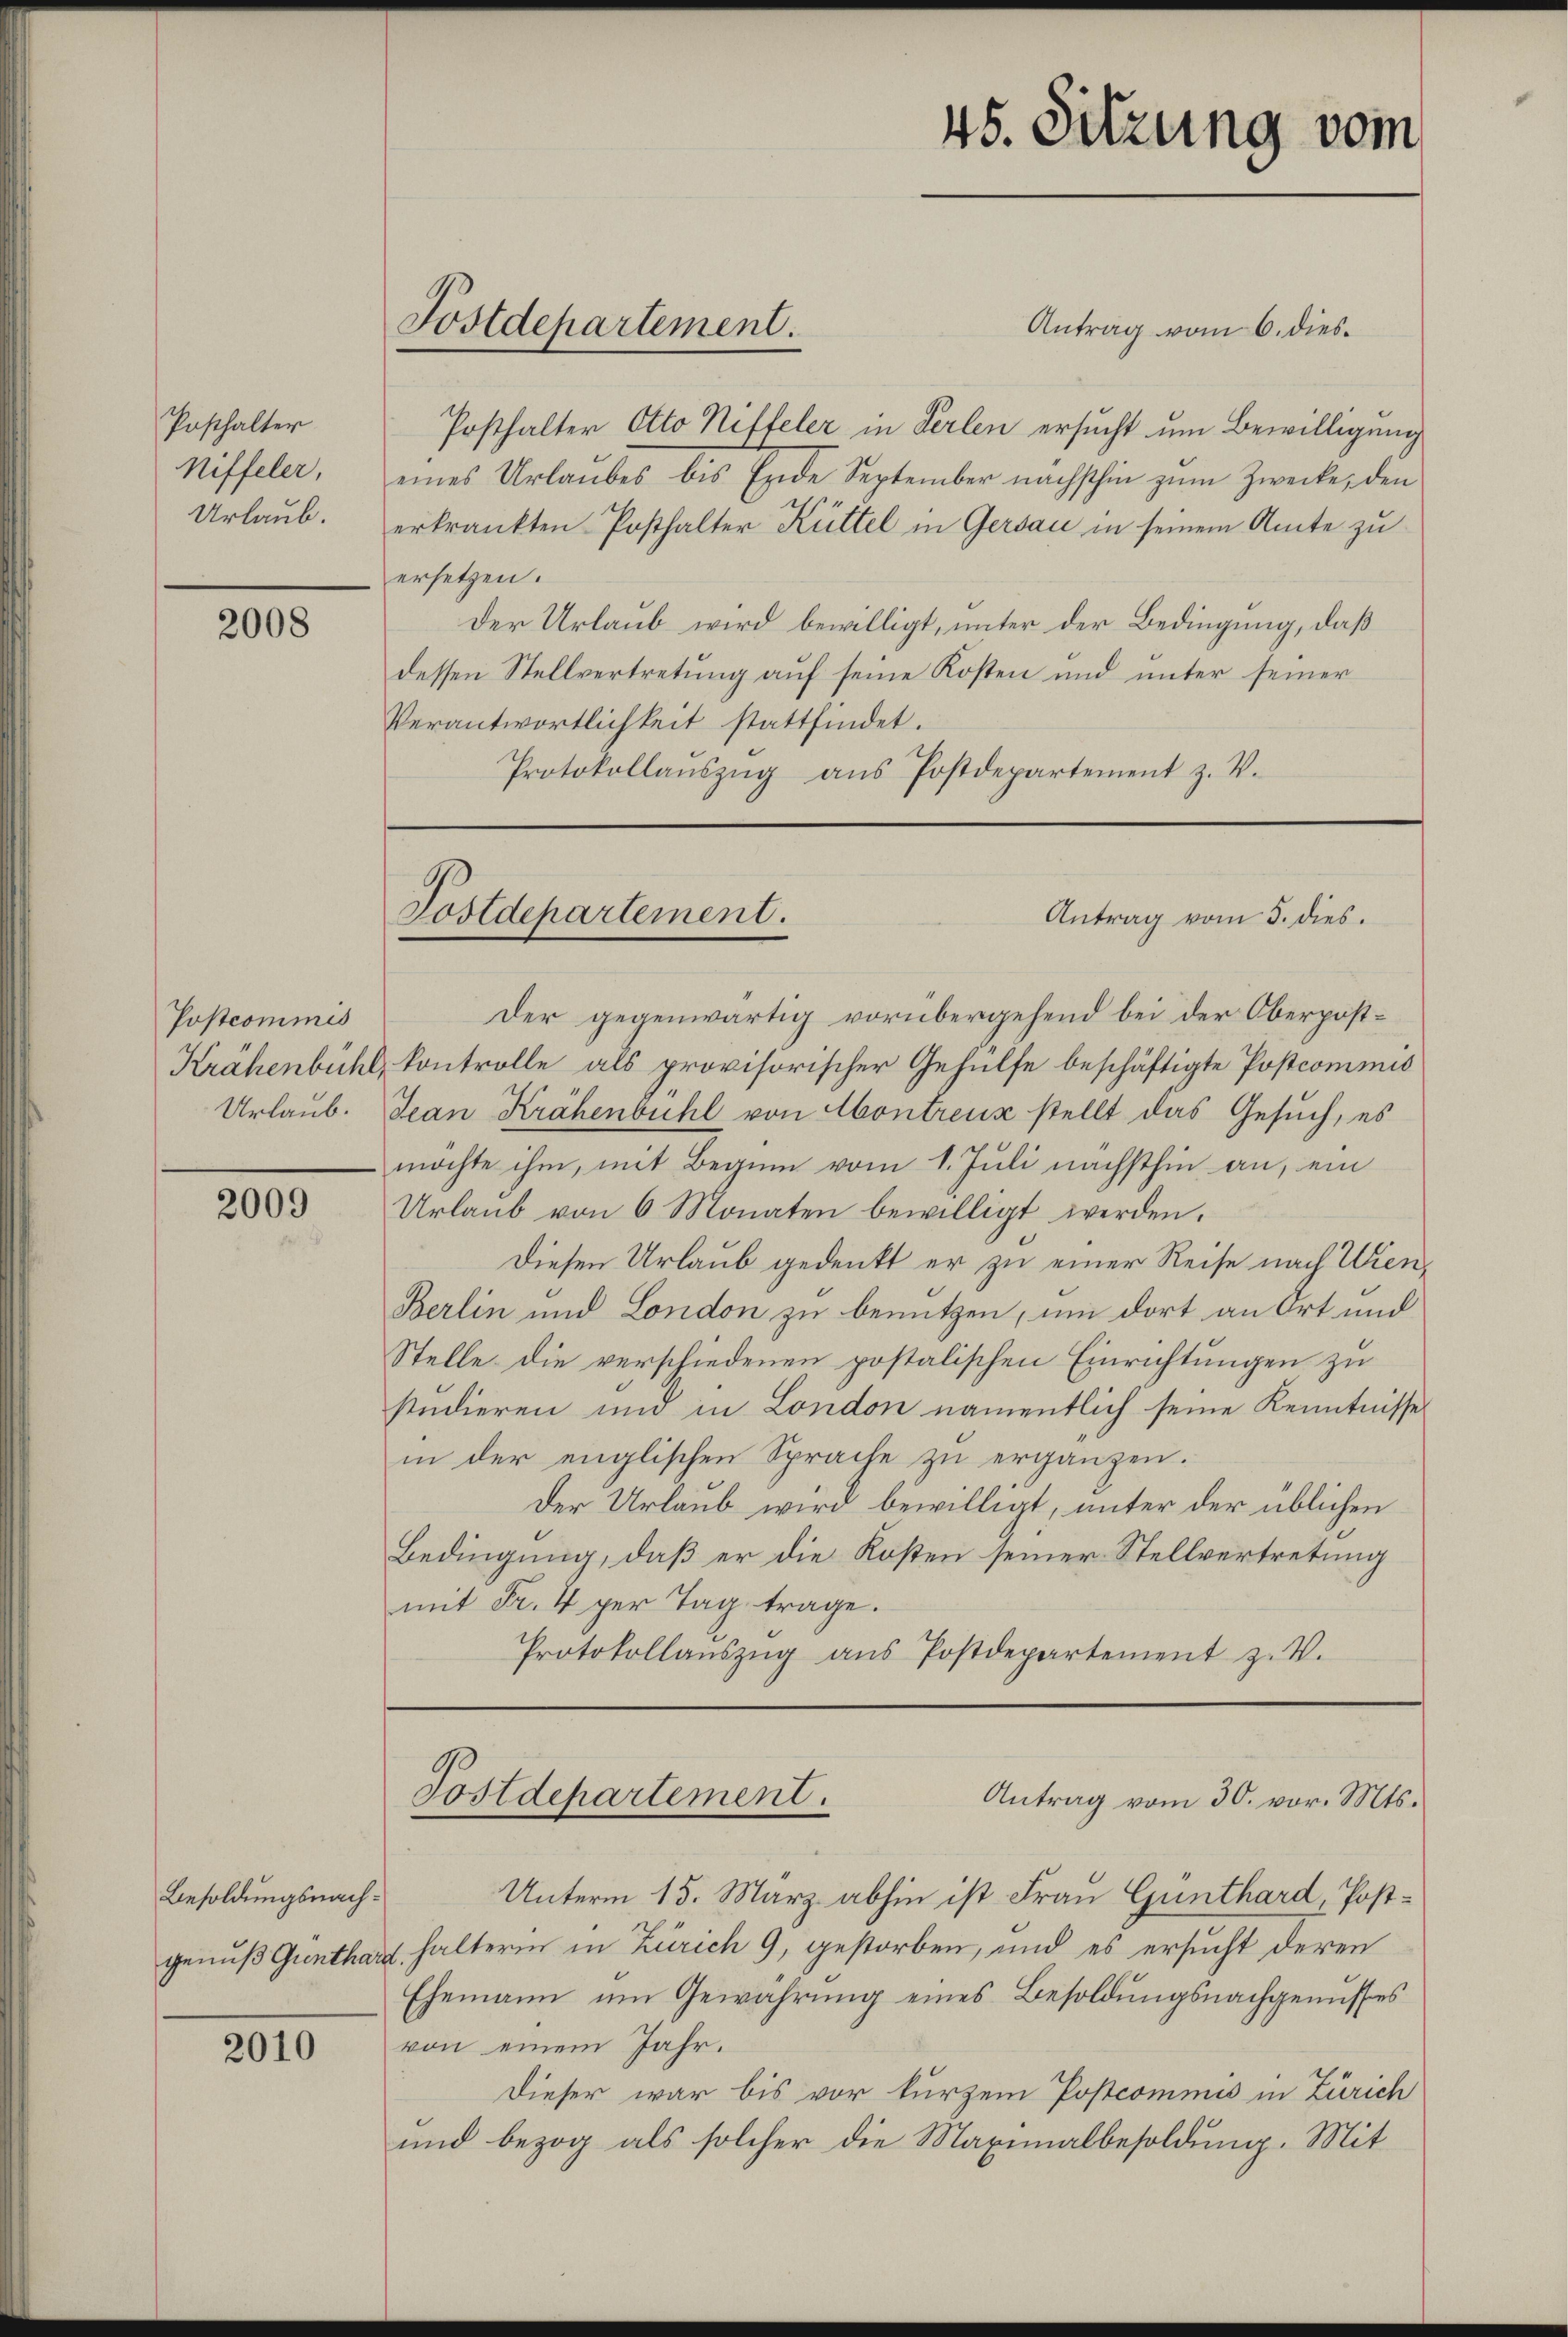
Posthalter
Niffeler,
Urlaub.

2008

Postcommis
Krähenbühl,

2009

Besoldungsnach¬

2010

Postdepartement.

Antrag vom 6. dies¬
Posthalter Otto Niffeler in Verlen ersucht um Bewilligung
eines Urlaubes bis Ende September nächsthin zŭm Zwecke, den
erkränkten Posthalter Hüttel in Gersau in seinem Amte zu
ersetzen.
Der Urlaub wird bewilligt, unter der Bedingung, daß
dessen Stellvertretung auf seine Kosten und unter seiner
Verantwortlichkeit stattfindet.
Protokollaŭszŭg aŭs Postdepartement z. V.

Der gegenwärtig vorübergehend bei der Oberpostkontrolle als provisorischer Gehülfe beschäftigte Postcommis
Urlaub. Jean Krähenbühl von Montreux stellt das Gesuch, es
möchte ihm, mit Beginn vom 1. Juli nächsthin an, ein
Urlaŭb von 6 Monaten bewilligt werden.
Diesen Urlaub gedenkt er zu einer Reise nach Wien¬
Berlin und London zu benutzen, um dort an Ort und
Stelle die verschiedenen postalischen Einrichtungen zu
studieren und in London namentlich seine Kenntnisse
in der englischen Sprache zu ergänzen.
Der Urlaub wird bewilligt, unter der üblichen
Bedingung, daß er die Kosten seiner Stellvertretung
mit Fr. 4 per Tag trage.
Protokollaŭszŭg aŭs Postdepartement z. V.

Unterm 15. März abhin ist Frau Günthard, Postgenuß Günthard, halterin in Zürich 9, gestorben, und es ersucht deren
Ehemann um Gewährung eines Besoldungsnachgenusses
von einem Jahr.
Dieser war bis vor kurzem Postcommis in Zürich
und bezog als solcher die Maximalbesoldung. Mit

Postdepartement.

45. Sitzung vom

Antrag vom 5. dies.

Postdepartement.
Antrag vom 30. vor. Mts.